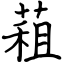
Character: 蒩